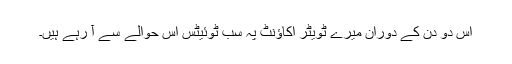
اس دو دن کے دوران میرے ٹویٹر اکاؤنٹ پہ سب ٹوئیٹس اس حوالے سے آ رہے ہیں۔